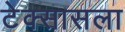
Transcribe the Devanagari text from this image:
टेक्सासला